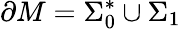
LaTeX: \partial M=\Sigma_{0}^{*}\cup\Sigma_{1}